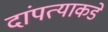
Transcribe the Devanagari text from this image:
दांपत्याकडे